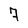
Character: 7